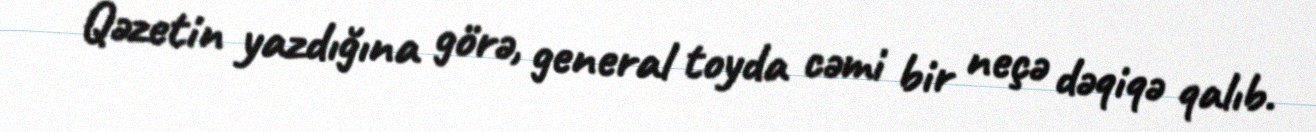
Qəzetin yazdığına görə, general toyda cəmi bir neçə dəqiqə qalıb.